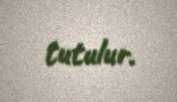
tutulur.